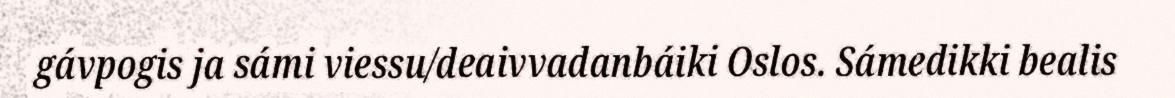
gávpogis ja sámi viessu/deaivvadanbáiki Oslos. Sámedikki bealis